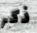
ذكر